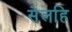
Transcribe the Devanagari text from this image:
सेलहि